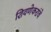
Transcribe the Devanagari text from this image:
शिवणेकरांचे